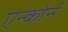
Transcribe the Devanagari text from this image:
एन्कोर्न